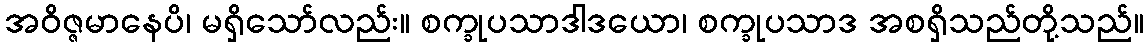
အဝိဇ္ဇမာနေပိ၊ မရှိသော်လည်း။ စက္ခုပသာဒါဒယော၊ စက္ခုပသာဒ အစရှိသည်တို့သည်။